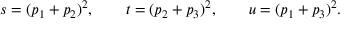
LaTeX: s = ( p _ { 1 } + p _ { 2 } ) ^ { 2 } , \qquad t = ( p _ { 2 } + p _ { 3 } ) ^ { 2 } , \qquad u = ( p _ { 1 } + p _ { 3 } ) ^ { 2 } .